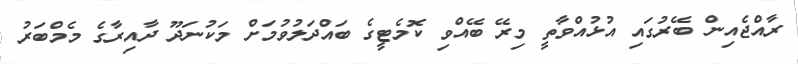
ރާއްޖެއިން ބޭރުގައި އުޅުއްވާތީ މިރޭ ބޭއްވި ކޮމެޓީގެ ބައްދަލުވުމަށް މަކުނަދޫ ދާއިރާގެ މެމްބަރު